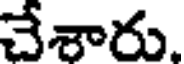
చేశారు.